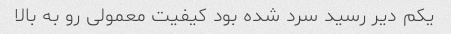
یکم دیر رسید سرد شده بود کیفیت معمولی رو به بالا